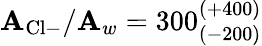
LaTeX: \mathbf{A}_{\mathrm{{Cl}}-}/\mathbf{A}_{w}=300_{(-200)}^{(+400)}